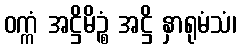
ဝက္ကံ အဋ္ဌိမိဉ္စံ အဋ္ဌိ နှာရုမံသံ၊